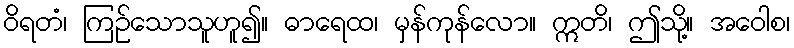
ဝိရတံ၊ ကြဉ်သောသူဟူ၍။ ဓာရေထ၊ မှန်ကုန်လော။ ဣတိ၊ ဤသို့။ အဝေါစ၊